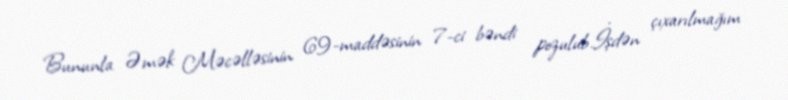
Bununla Əmək Məcəlləsinin 69-maddəsinin 7-ci bəndi pozulub.İşdən çıxarılmağım